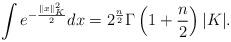
LaTeX: \begin{align*}\int e^{- \frac{\|x\|_K^2}{2}} dx = 2^\frac{n}{2} \Gamma\left(1 + \frac{n}{2}\right) |K|.\end{align*}